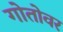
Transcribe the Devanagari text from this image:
गोतोवर